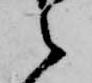
之